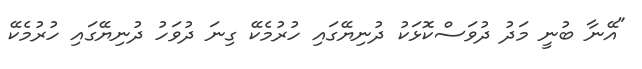
"އޭނާ ބުނީ މަދު ދުވަސްކޮޅަކު ދުނިޔޭގައި ހުރުމެކޭ ގިނަ ދުވަހު ދުނިޔޭގައި ހުރުމެކޭ